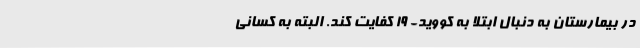
در بیمارستان به دنبال ابتلا به کووید- 19 کفایت کند. البته به کسانی